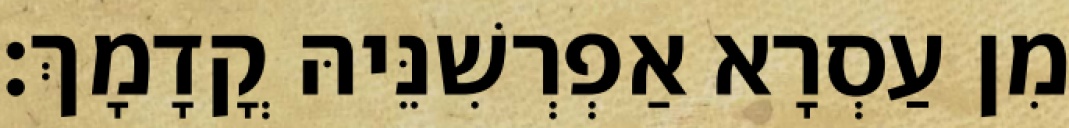
מִן עַסְרָא אַפְרְשִׁנֵּיהּ קֳדָמָךְ׃